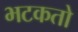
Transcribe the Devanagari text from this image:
भटकतो